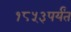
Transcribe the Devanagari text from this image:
१८५३पर्यंत